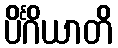
ပိင်္ဂိယာတိ